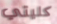
كليتي